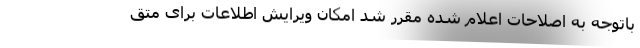
باتوجه به اصلاحات اعلام شده مقرر شد امکان ویرایش اطلاعات برای متق